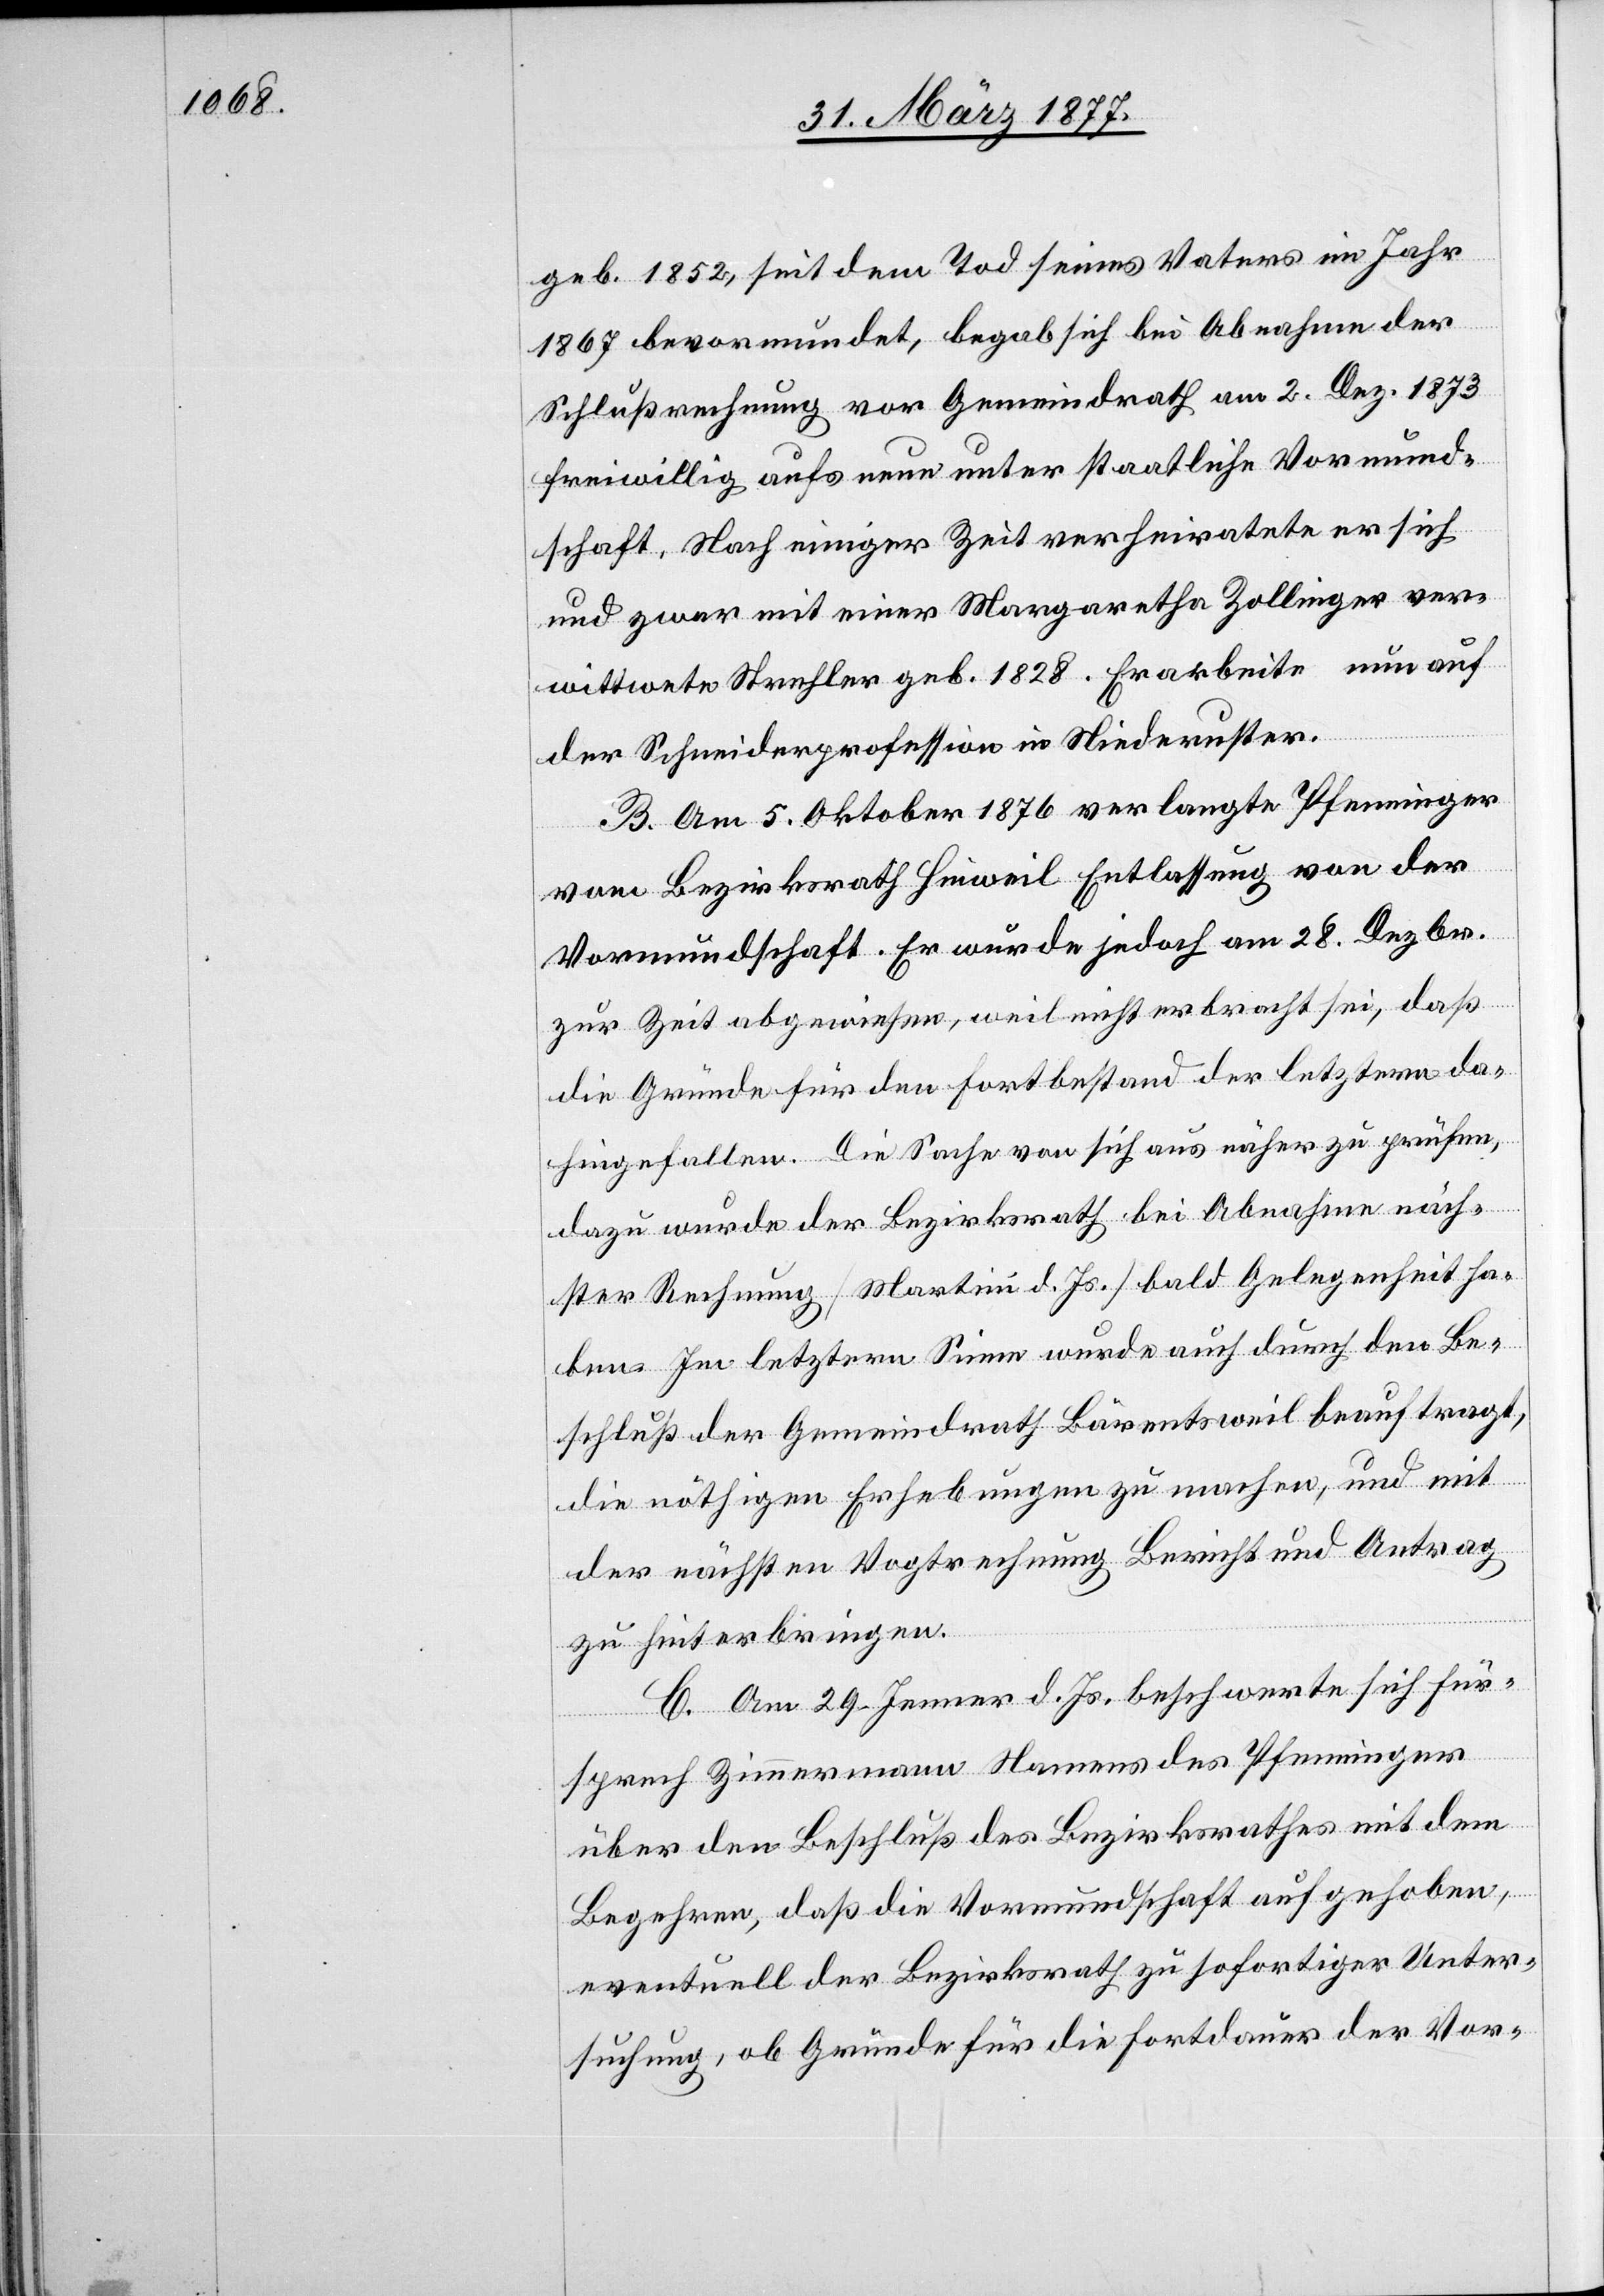
geb. 1852, seit dem Tod seines Vaters im Jahr
1867 bevormundet, begab sich bei Abnahme der
Schlußrechnung vor Gemeindrath am 2. Dez. 1873
freiwillig aufs neue unter staatliche Vormund¬
schaft. Nach einiger Zeit verheiratete er sich
und zwar mit einer Margaretha Zollinger ver¬
wittwete Strehler geb. 1828. Er arbeite nun auf
der Schneiderprofession in Niederuster.
B. Am 5. Oktober 1876 verlangte Pfenninger
vom Bezirksrath Hinweil Entlassung von der
Vormundschaft. Er wurde jedoch am 28. Dezbr.
rag
zur Zeit abgewiesen, weil nicht erbracht sei, daß
die Gründe für den Fortbestand der letztern da¬
hingefallen. Die Sache von sich aus näher zu prüfen,
dazu würde der Bezirksrath bei Abnahme näch¬
ster Rechnung [Martini d. Js.] bald Gelegenheit ha¬
ben. Im letztern Sinne wurde auch durch den Be¬
schluß der Gemeindrath Bärentsweil beauftragt,
zu hinterbringen.
C. Am 29. Jenner d. Js. beschwerte sich Für¬
sprech Zimmermann Namens des Pfenninger
über den Beschluß des Bezirksrathes mit dem
Begehren, daß die Vormundschaft aufgehoben,
eventuell der Bezirksrath zu sofortiger Unter¬
suchung, ob Gründe für die Fortdauer der Vor-

und

Ant¬